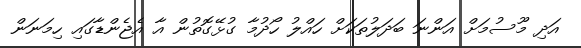
އަދި މޫސުމަށް އަންނަ ބަދަލުތަކަށް ހައްލު ހޯދުމާ ގުޅޭގޮތުން އާ އެޖެންޑާގައި ހިމަނަން